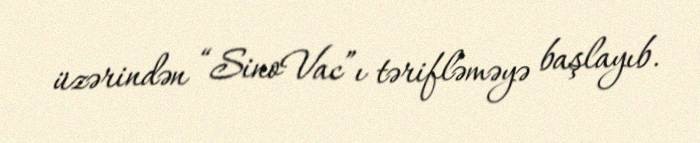
üzərindən “SinoVac”ı tərifləməyə başlayıb.